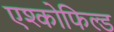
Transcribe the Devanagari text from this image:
एश्कोफिल्ड